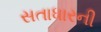
સતાધારની